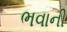
ભવાની